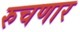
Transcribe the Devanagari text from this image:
रुचणार